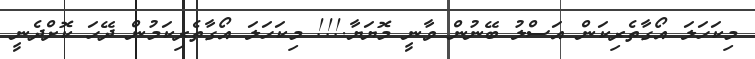
މިކަހަލަ އޯގާތެރިކަން އަސްލު ބޭނުން ވާނީ މޮޔަޔާ.!!! މިކަހަލަ އޯގާތެރިކަމުން ދޭހަ ކޮށްދެނީ